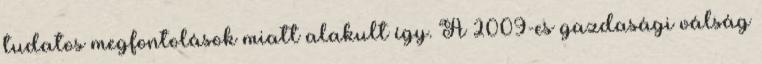
tudatos megfontolások miatt alakult így. A 2009-es gazdasági válság